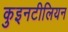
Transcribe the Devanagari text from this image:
कुइनटीलियन